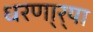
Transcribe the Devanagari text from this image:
धरणा्र्‍या